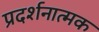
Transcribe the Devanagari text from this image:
प्रदर्शनात्‍मक